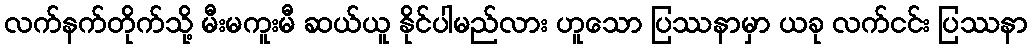
လက်နက်တိုက်သို့ မီးမကူးမီ ဆယ်ယူ နိုင်ပါမည်လား ဟူသော ပြဿနာမှာ ယခု လက်ငင်း ပြဿနာ